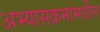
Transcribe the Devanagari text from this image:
अभ्यासक्रमांमधील